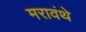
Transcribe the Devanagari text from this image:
मरावंथे